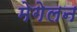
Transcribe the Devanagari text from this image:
मेगेलन